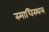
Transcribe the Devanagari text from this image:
स्माधिस्थल